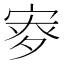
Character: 𡨨